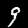
Label: 9